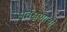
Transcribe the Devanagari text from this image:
सर्वेक्षणाची